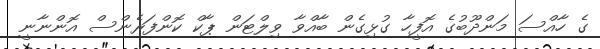
ގެ ހާއްސަ މަންދޫބުގެ އޮފީހާ ގުޅިގެން ބާއްވާ ވިލްޓަން ޕާކް ކޮންފަރެންސް އޮންނާނީ